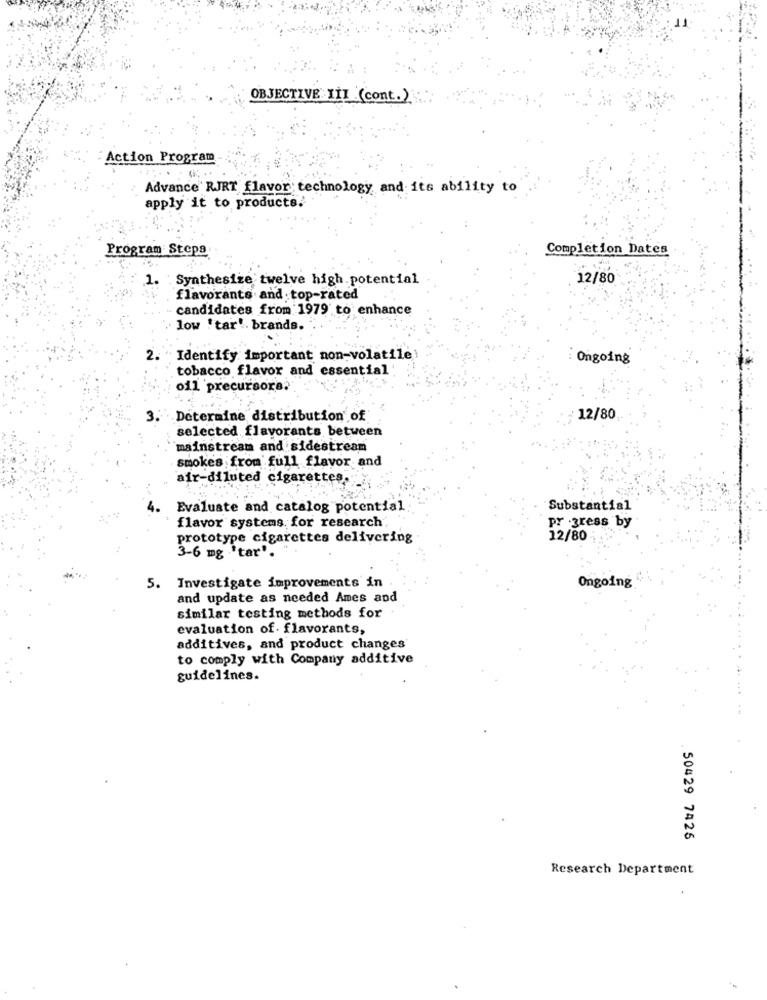
OBJECTIVE III (cont.)
Action Program
. .
Advance RJRT flavor technology and its ability to
apply it to products.
Program Steps
Completion Dates
1.
Synthesize twelve high.potential
12/80
flavorants and top-rated
candidates from 1979 to enhance
low 'tar'. brands.
Identify important non-volatile
Ongoing
tobacco flavor and essential
oil precursors?
Deteraine distribution of
12/80
selected flavorants between
mainstream and sidestream
smokes from full flavor and
air-diluted cigarettes
Evaluate and catalog potential
Substantial
pr gress by
flavor systems for research
prototype cigarettes delivering
12/80
3-6 mg 'tar".
5. Investigate improvements in
Ongoing
and update as needed Ames and
similar testing methods for
evaluation of . flavorants,
additives, and product changes
to comply with Company additive
guidelines.
50429 7425
Research Department